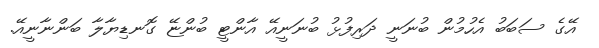
އޭގެ ސަބަބު އެހުމުން ބުނަނީ ދަރިފުޅު ބުނަނީއޭ އާންޓީ ބުންޏޭ ގޮނޑިޔާލާ ބަންނާނީއޭ.